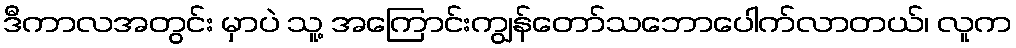
ဒီကာလအတွင်း မှာပဲ သူ့ အကြောင်းကျွန်တော်သဘောပေါက်လာတယ်၊ လူက